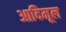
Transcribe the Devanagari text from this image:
आदिमूल